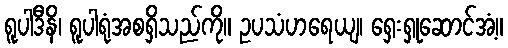
ရူပါဒီနိ၊ ရူပါရုံအစရှိသည်ကို။ ဥပသံဟရေယျ၊ ရှေးရှုဆောင်အံ့။